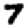
Digit: 7